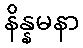
နိန္နမနာ